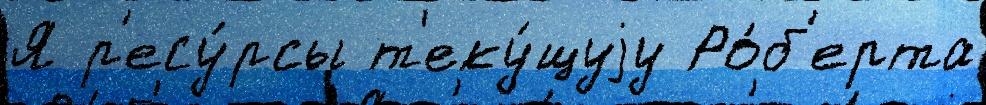
Я р'есу́рсы т'еку́щуjу Ро́б'ерта